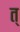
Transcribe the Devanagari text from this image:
त्‌